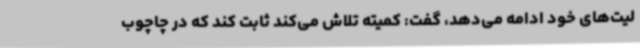
لیت‌های خود ادامه می‌دهد، گفت: کمیته تلاش می‌کند ثابت کند که در چاچوب